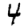
Digit: 4